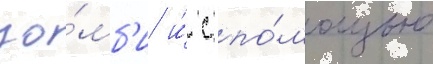
зо́мб'и и́ с по́мощью